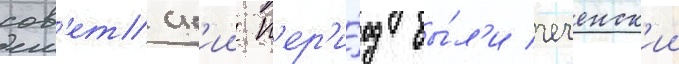
сов'етск'ии п'ер'и́од бы́л'и чеченск'ии